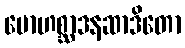
မောဟစ္ဆာဒနဆာဒိတော